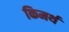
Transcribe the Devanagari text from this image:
किमर्थ